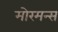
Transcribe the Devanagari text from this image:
मोरमन्स